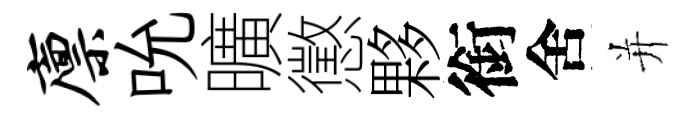
廪吮曠懲夥銜舍并